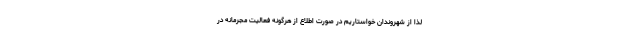
لذا از شهروندان خواستاریم در صورت اطلاع از هرگونه فعالیت مجرمانه در